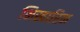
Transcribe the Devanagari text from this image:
भिखारिन